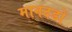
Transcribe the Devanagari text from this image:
मानदडों